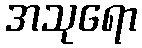
အသုရော